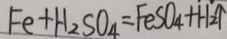
F e + H _ { 2 } S O _ { 4 } = F e S O _ { 4 } + H _ { 2 } \uparrow